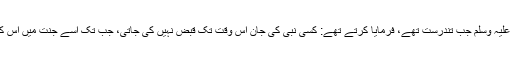
’الرفیق الأعلٰی‘ کی وضاحت حضرت عائشہ کی اس روایت سے ہوتی ہے،رسول ﷲ صلی ﷲ علیہ وسلم جب تندرست تھے، فرمایا کرتے تھے: کسی نبی کی جان اس وقت تک قبض نہیں کی جاتی، جب تک اسے جنت میں اس کا مقام دکھا نہیں دیا جاتا، پھر اسے اختیار دیا جاتا ہے، زندہ رہے یا آخرت کو اختیار کر لے۔